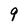
Character: 9